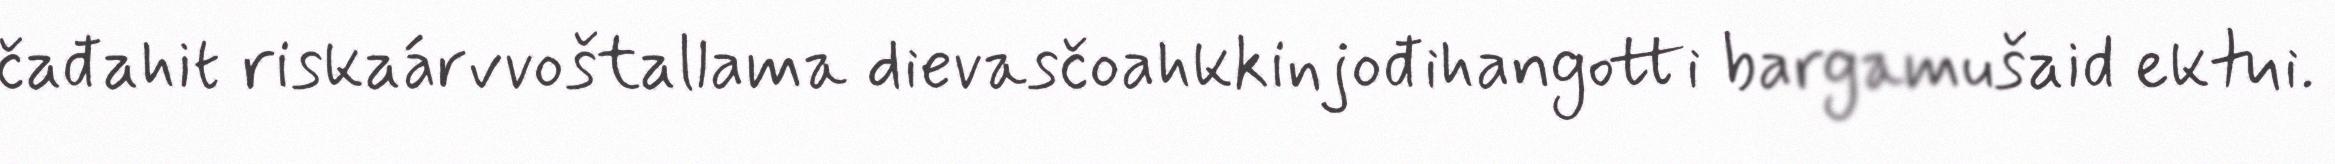
čađahit riskaárvvoštallama dievasčoahkkinjođihangotti bargamušaid ektui.